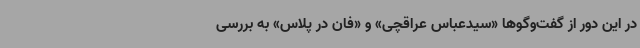
در این دور از گفت‌وگوها «سیدعباس عراقچی» و «فان در پلاس» به بررسی